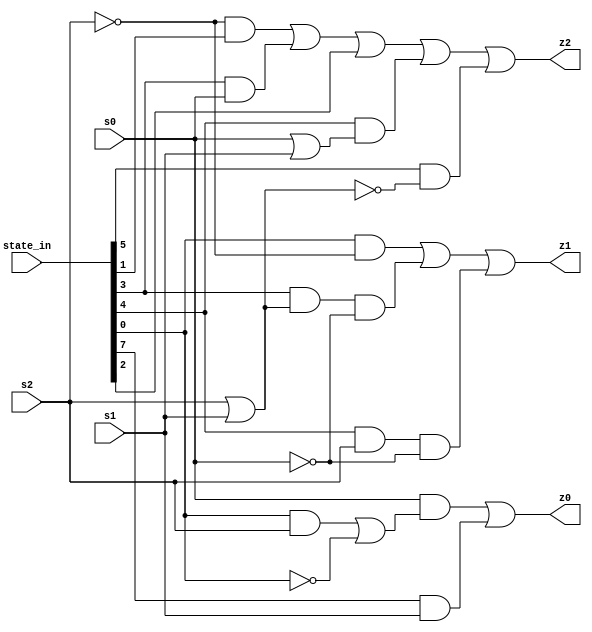
`default_nettype none
module new_symbol_PROJECT_ID(
    input [7:0] state_in,
    input s2,
    input s1,
    input s0,
    output z2,
    output z1,
    output z0
);

wire a,b,c,d,e,f,g,h;

assign a = state_in[0];
assign b = state_in[1];
assign c = state_in[2];
assign d = state_in[3];
assign e = state_in[4];
assign f = state_in[5];
assign g = state_in[6];
assign h = state_in[7];

assign z2 = ((~s2) & b) | (d & s0) | c | (e & (s0 | s1)) | (f & (~(s2 | s1)));
assign z1 = (a & (~s2)) | (d & (s2 | s1) & (~s0)) | (e & s2 & (~s0));
assign z0 = (s0 & ((a & s2) | (~a))) | (h & s1);

endmodule